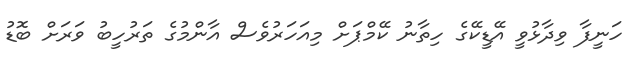
ހަނީފާ ވިދާޅުވީ އޭޑީކޭގެ ހިތާނު ކޭމްޕަށް މިއަހަރުވެސް އާންމުގެ ތަރުހީބު ވަރަށް ބޮޑު